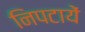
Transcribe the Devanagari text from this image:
निपटायें